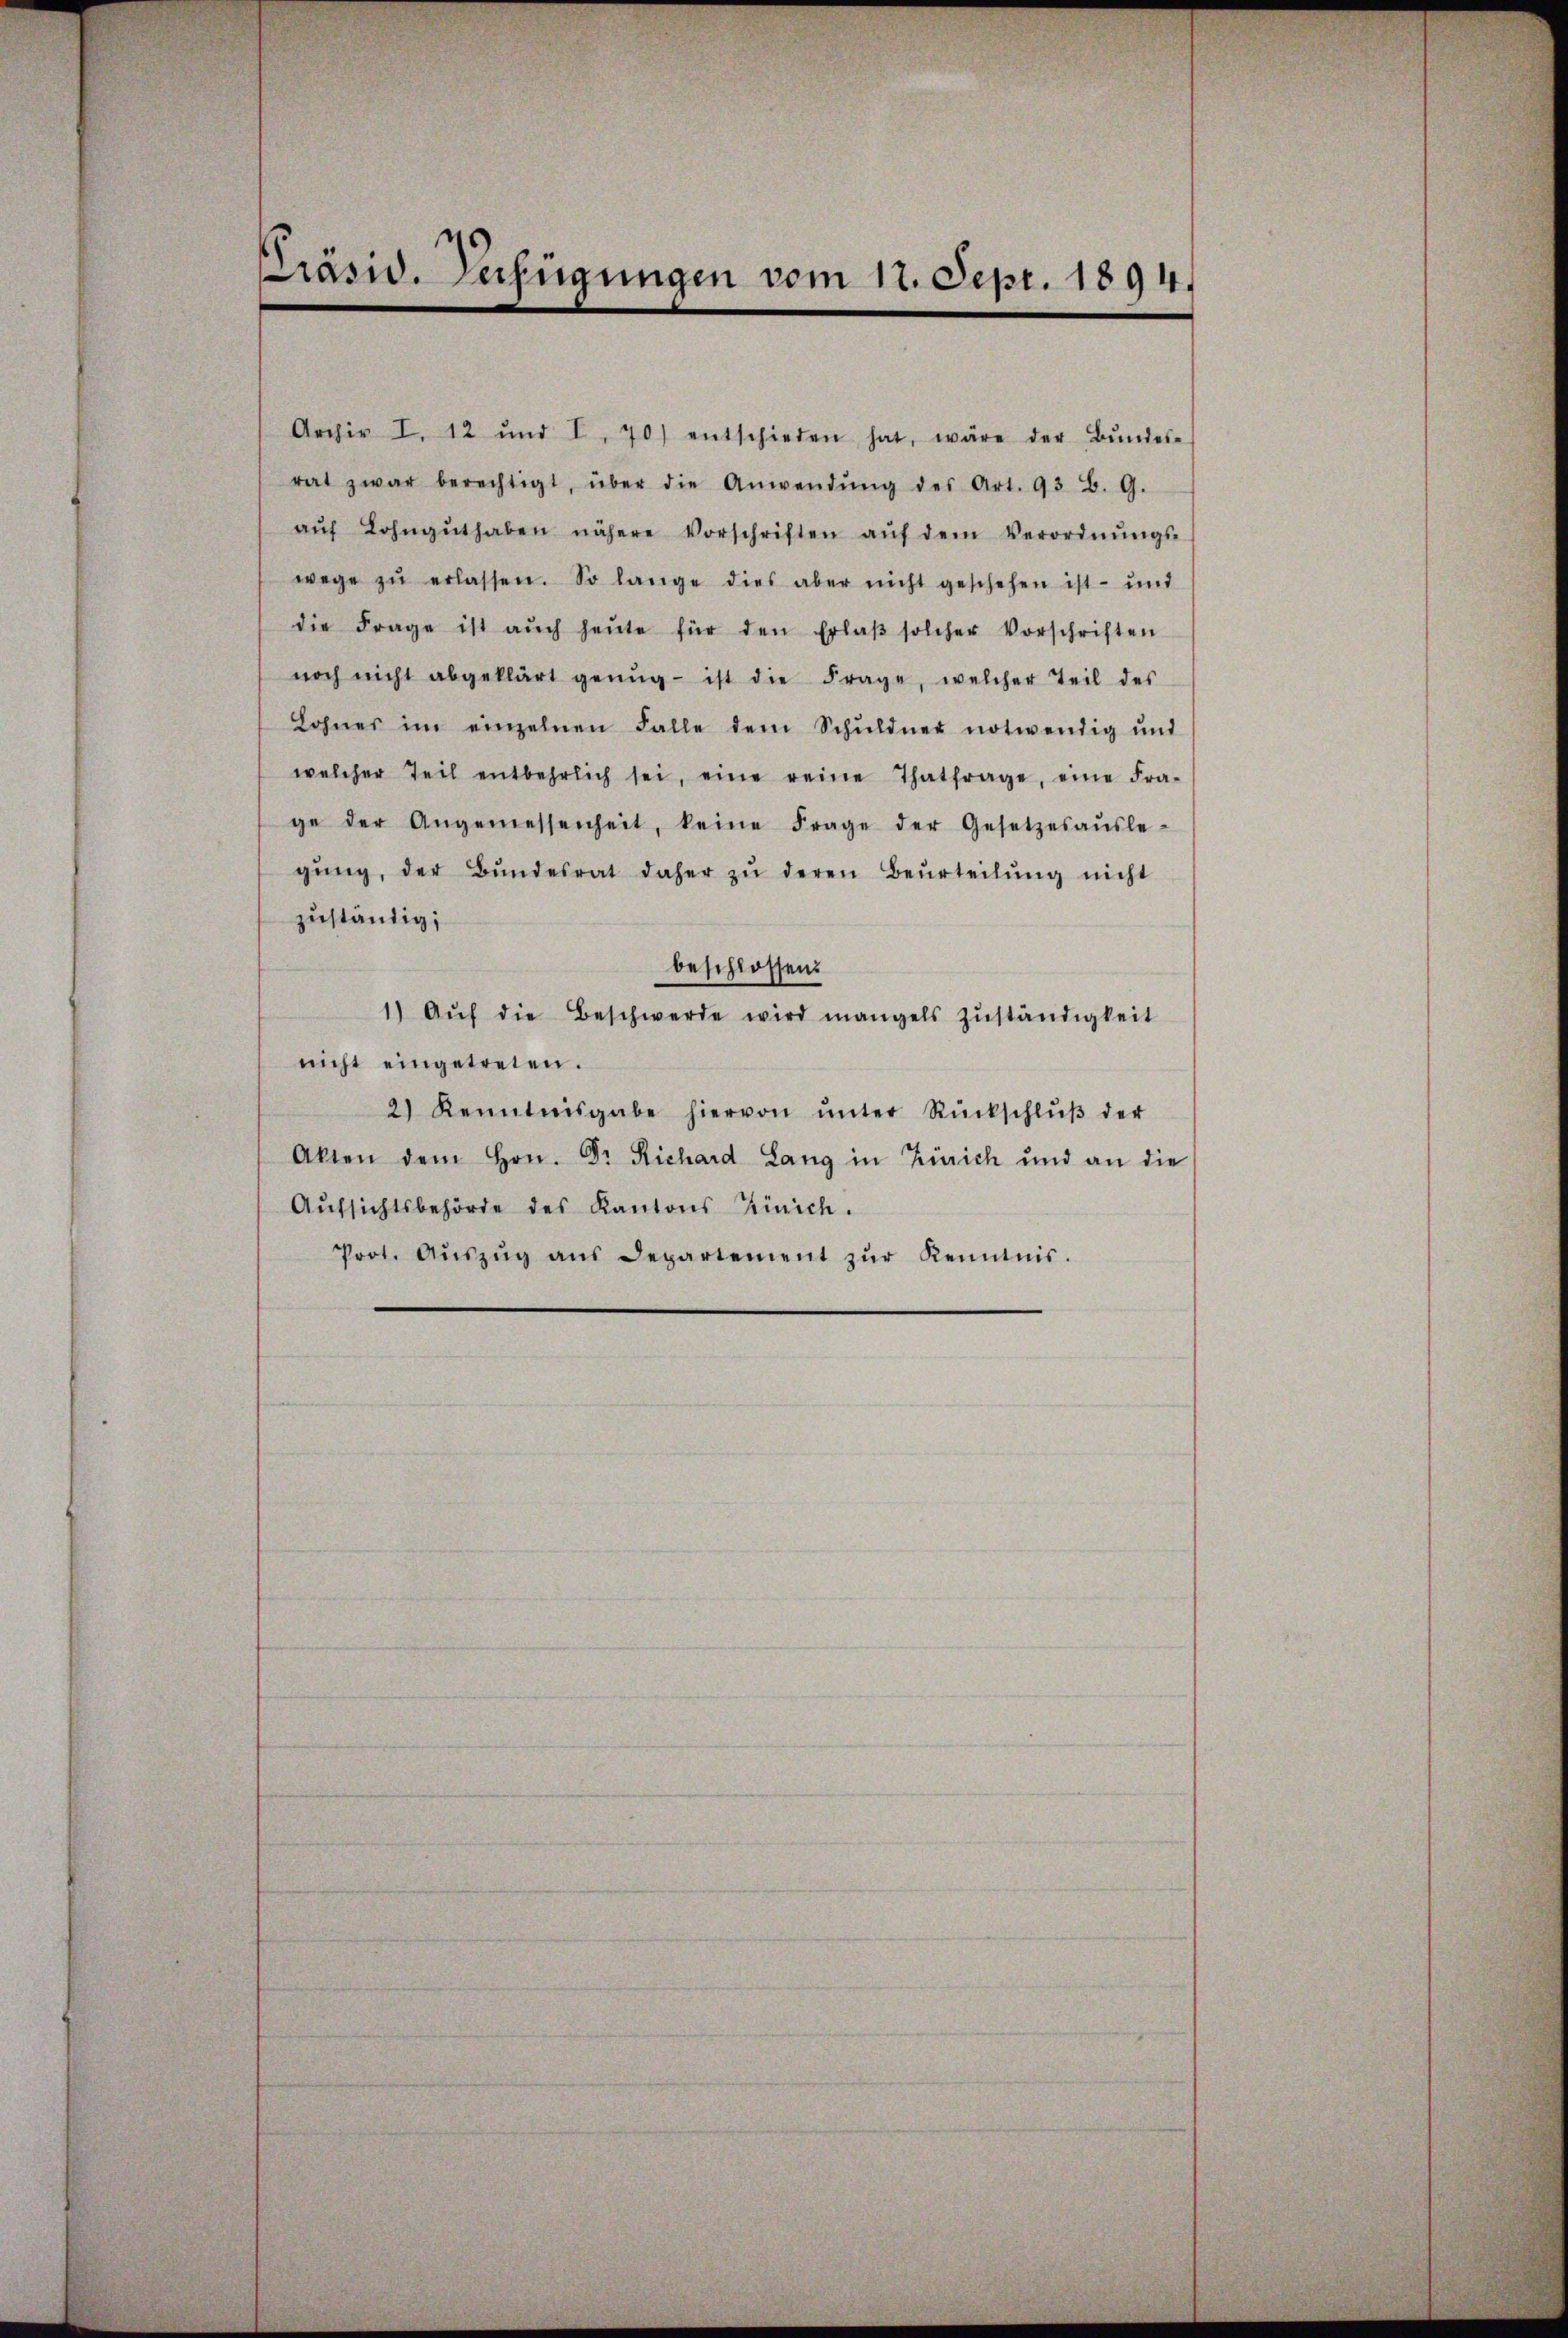
Präsid. Verfügungen vom 11. Sept. 1894,

Archiv I. 12 und I. 70) entschieden hat, wäre der Bŭndes-
rat zwar berechtigt, über die Anwendŭng des Art. 93 B. G.
aŭf Lohngŭthaben nähere Vorschriften aŭf dem Verordnŭngs-
wege zŭ erlassen. So lange dies aber nicht geschehen ist- und
die Frage ist aŭch heŭte für den Erlaβ solcher Vorschriften
noch nicht abgeklärt genŭg- ist die Frage, welcher Teil des
Lohnes im einzelnen Falle dem Schŭldner notwendig und
welcher Teil entbehrlich sei, eine reine Thatfrage, eine Fra-
ge der Angemessenheit, keine Frage der Gesetzesaŭsle-
gŭng, der Bŭndesrat daher zŭ deren Beurteilŭng nicht
zuständig;
beschlossen:
1) Aŭf die Beschwerde wird mangels Zŭständigkeit
nicht eingetreten.
2) Kenntnisgabe hiervon ŭnter Rückschlŭβ der
Akten dem Hrn. Dr Richard Lang in Zürich und an die
Aŭfsichtsbehörde des Kantons Zürich.
Prot. Aŭszŭg aŭs Departement zŭr Kenntnis.